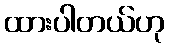
ထားပါတယ်ဟု